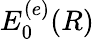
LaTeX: E_{0}^{(e)}(R)